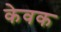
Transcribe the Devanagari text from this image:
केवक